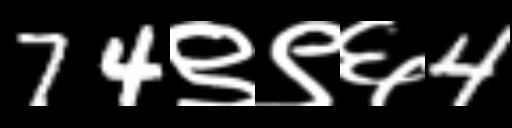
Text: 74९९६4